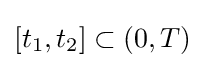
[t_{1},t_{2}]\subset (0,T)